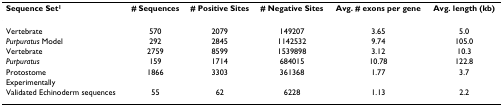
<table><thead><tr><td><b>Sequence Set<sup>1</sup></b></td><td><b># Sequences</b></td><td><b># Positive Sites</b></td><td><b># Negative Sites</b></td><td><b>Avg. # exons per gene</b></td><td><b>Avg. length (kb)</b></td></tr></thead><tbody><tr><td>Vertebrate</td><td>570</td><td>2079</td><td>149207</td><td>3.65</td><td>5.0</td></tr><tr><td><i>Purpuratus </i>Model</td><td>292</td><td>2845</td><td>1142532</td><td>9.74</td><td>105.0</td></tr><tr><td>Vertebrate</td><td>2759</td><td>8599</td><td>1539898</td><td>3.12</td><td>10.3</td></tr><tr><td><i>Purpuratus</i></td><td>159</td><td>1714</td><td>684015</td><td>10.78</td><td>122.8</td></tr><tr><td>Protostome</td><td>1866</td><td>3303</td><td>361368</td><td>1.77</td><td>3.7</td></tr><tr><td>Experimentally</td><td></td><td></td><td></td><td></td><td></td></tr><tr><td>Validated Echinoderm sequences</td><td>55</td><td>62</td><td>6228</td><td>1.13</td><td>2.2</td></tr></tbody></table>